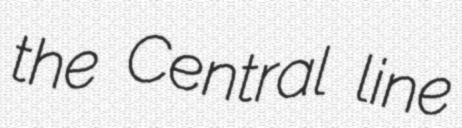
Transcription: the Central line